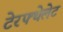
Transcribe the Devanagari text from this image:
टेरफ्थेलेट